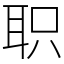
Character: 职